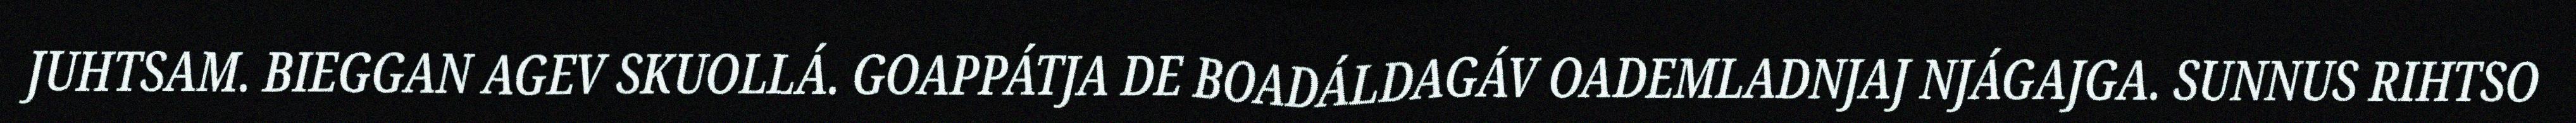
JUHTSAM. BIEGGAN AGEV SKUOLLÁ. GOAPPÁTJA DE BOADÁLDAGÁV OADEMLADNJAJ NJÁGAJGA. SUNNUS RIHTSO